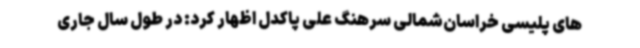
های پلیسی خراسان‌شمالی سرهنگ علی پاکدل اظهار کرد: در طول سال جاری